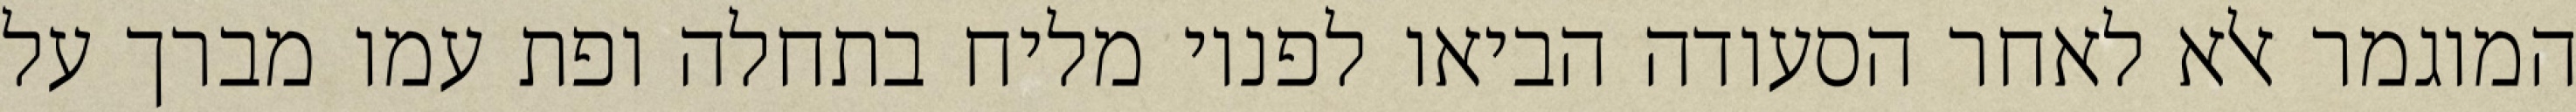
המוגמר אלא לאחר הסעודה הביאו לפניו מליח בתחלה ופת עמו מברך על